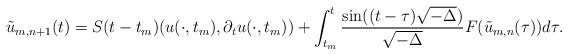
LaTeX: \begin{align*} \tilde{u}_{m, n+1} (t) = S(t-t_m)(u(\cdot, t_m),\partial_t u(\cdot, t_m)) + \int_{t_m}^t \frac{\sin ((t-\tau)\sqrt{-\Delta})}{\sqrt{-\Delta}} F(\tilde{u}_{m,n} (\tau)) d\tau.\end{align*}